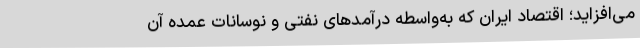
می‌افزاید؛ اقتصاد ایران که به‌واسطه درآمدهای نفتی و نوسانات عمده آن